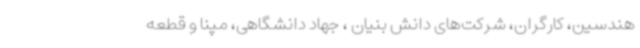
هندسین، کارگران، شرکت‌های دانش بنیان ، جهاد دانشگاهی، مپنا و قطعه